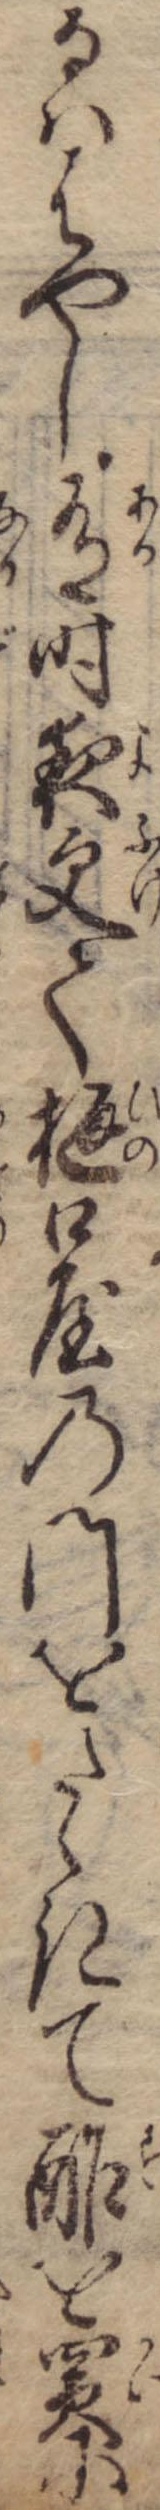
るははやし有時夜更て樋口屋の門をたゝきて酢を買に